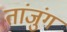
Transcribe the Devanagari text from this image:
तांजुंग